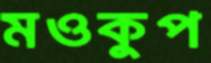
মওকুপ